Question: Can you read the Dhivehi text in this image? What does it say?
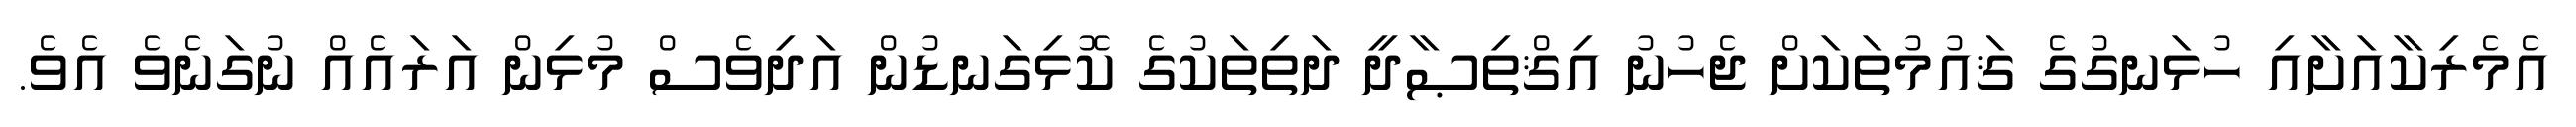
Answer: އެމެރިކާއަށާއި ހުޅަނގުގެ ޤައުމުތަކަށް ޖެހުނު އިޤްތިޞާދީ ދަތިތަކުގެ ކޮޅިގަނޑުން އަދިވެސް މުޅިން އަރައެއް ނުގަނެވެ އެވެ.